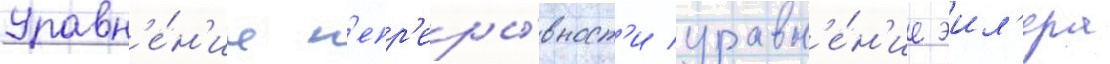
Уравн'е́н'ие н'епр'еры́вност'и уравн'е́н'ие эил'ера